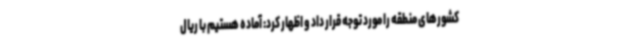
کشورهای منطقه را مورد توجه قرار داد و اظهار کرد: آماده هستیم با ریال